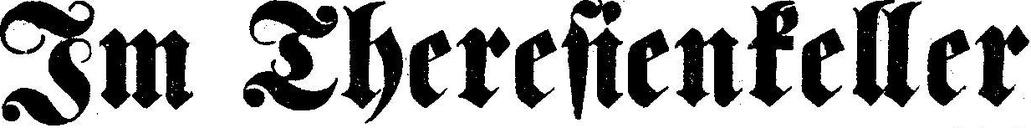
Im Theresienkeller